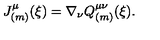
J _ { ( m ) } ^ { \mu } ( \xi ) = \nabla _ { \nu } Q _ { ( m ) } ^ { \mu \nu } ( \xi ) .